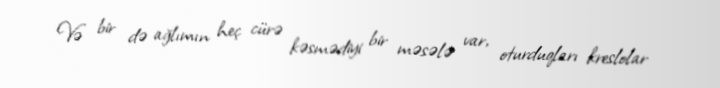
Və bir də ağlımın heç cürə kəsmədiyi bir məsələ var, oturduqları kreslolar